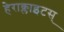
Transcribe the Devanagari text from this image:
हेराक्लाइटस्